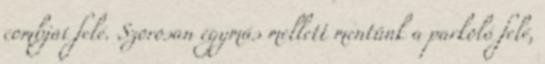
combjai felé. Szorosan egymás mellett mentünk a parkoló felé,